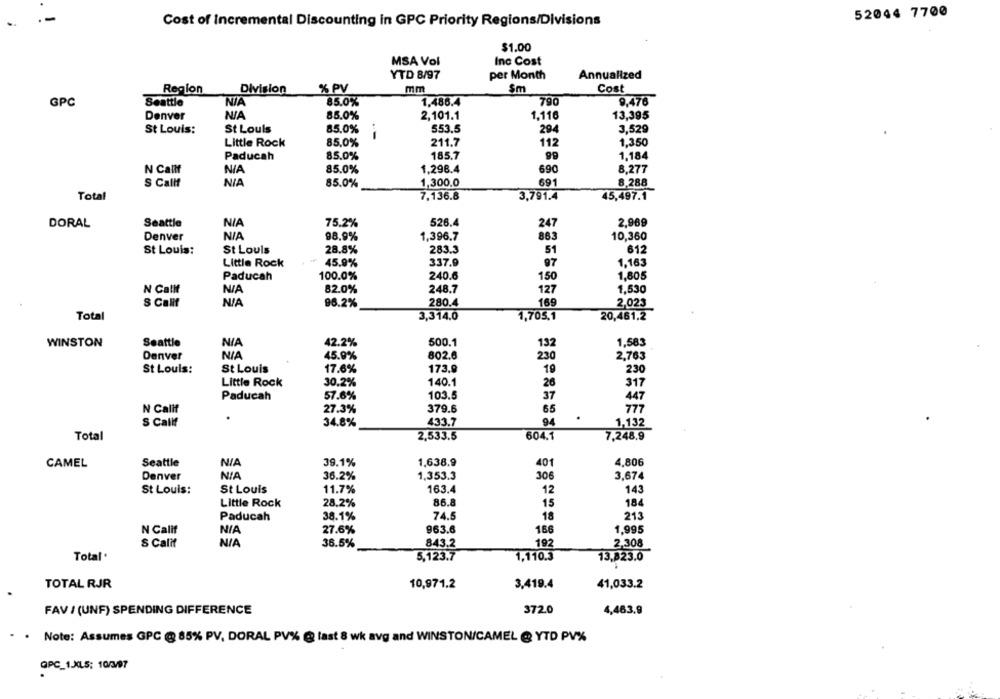
52044 7700
.-
Cost of Incremental Discounting in GPC Priority Regions/Divisions
$1.00
MSA Vol
Inc Cost
YTD 8/97
per Month
Annualized
Region
Division
% PV
mm
Sm
Cost
GPC
Seattle
85.0%
1.486.4
790
9.476
Denver
85.0%
2,101.1
1.116
13,395
St Louis:
St Louis
85.0%
553.5
294
3,529
Little Rock
85,0%
211.7
112
68
1,350
1,184
Paducah
85.0%
185.7
1,296.4
8,277
N Callf
NIA
85.0%
690
8,288
S Callf
85.0%
1,300.0
691
Total
7.136.8
3,791.4
45,497.1
DORAL
Seattle
75.2%
526.4
247
2.969
Denver
98.9%
1,396.7
863
10,360
St Louis:
St Louis
28.8%
283.3
51
612
Little Rock
45.9%
337.9
97
1.163
Paducah
100.0%
240.6
150
1,805
N Calif
82.0%
248.7
127
1,530
S Calif
96.2%
280.4
169
2,023
Total
3,314.0
1,705,1
20,461,2
WINSTON
Seattle
42.2%
500.1
1,583
132
Denver
45.9%
802.6
230
2,763
St Louis:
St Louis
17.6%
173.9
19
230
Little Rock
30.2%
140.1
26
317
Paducah
57.6%
103.5
37
447
N Calif
27.3%
379.6
65
777
S Callf
34.8%
433.7
94
1,132
Total
2,533.5
604.1
7,248.9
CAMEL
Seattle
1,638.9
39.1%
401
4,806
Denver
36.2%
1,353.3
306
3,674
St Louis:
St Louis
11.7%
163.4
143
12
Little Rock
28.2%
86.8
15
184
Paducah
38.1%
74.5
18
213
N Calif
27.6%
963.6
166
1,995
S Calif
36.5%
843.2
192
2,308
Total
5,123.7
1,110.3
13,823.0
TOTAL RJR
10,971.2
3,419.4
41,033.2
FAV / (UNF) SPENDING DIFFERENCE
372.0
4,463.9
Note: Assumes GPC @ 85% PV, DORAL PV% @ last 8 wk avg and WINSTON/CAMEL @ YTD PV%
QPC_1.XLS; 10/3/97